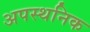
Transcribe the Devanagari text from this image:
अपस्थनिक